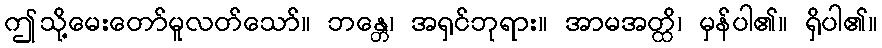
ဤသို့မေးတော်မူလတ်သော်။ ဘန္တေ၊ အရှင်ဘုရား။ အာမအတ္ထိ၊ မှန်ပါ၏။ ရှိပါ၏။